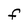
Character: F